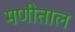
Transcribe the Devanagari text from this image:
मणीताल